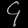
Digit: ၄